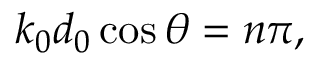
\begin{array} { r } { k _ { 0 } d _ { 0 } \cos \theta = n \pi , } \end{array}